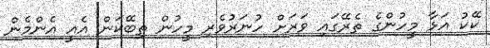
ކޭކު އަޅާ މީހުންގެ ތެރޭގައި ވަރަށް ހުނަރުވެރި މީހުން ތިބޭކަން އެއީ އެންމެން